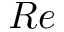
R e